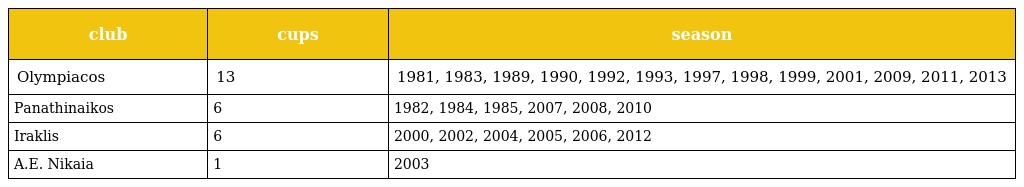
| club | cups | season |
 | --- | --- | --- |
 | Olympiacos | 13 | 1981, 1983, 1989, 1990, 1992, 1993, 1997, 1998, 1999, 2001, 2009, 2011, 2013 |
 | Panathinaikos | 6 | 1982, 1984, 1985, 2007, 2008, 2010 |
 | Iraklis | 6 | 2000, 2002, 2004, 2005, 2006, 2012 |
 | A.E. Nikaia | 1 | 2003 |